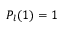
P _ { l } ( 1 ) = 1